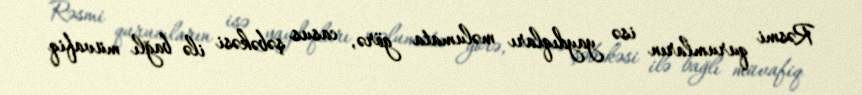
Rəsmi qurumların isə yaydıqları məlumata görə, casus şəbəkəsi ilə bağlı müvafiq